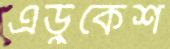
এডুকেশ